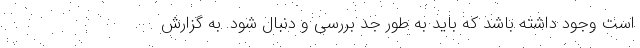
است وجود داشته باشد که باید به طور جد بررسی و دنبال شود. به گزارش